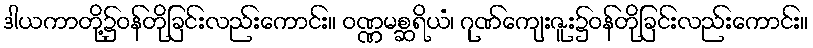
ဒါယကာတို့၌ဝန်တိုခြင်းလည်းကောင်း။ ဝဏ္ဏမစ္ဆရိယံ၊ ဂုဏ်ကျေးဇူး၌ဝန်တိုခြင်းလည်းကောင်း။